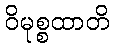
ဝိမုစ္စထာတိ